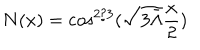
LaTeX: N ( x ) = \cos ^ { 2 / 3 } ( \sqrt { 3 \bar { \Lambda } } \frac x 2 )